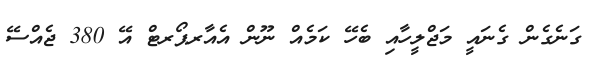
ގަނެގެން ގެނައީ މަޖްލީހާއި ބެހޭ ކަމެއް ނޫން އެއާރޕޯރޓް އޭ 380 ޖެއްސޭ